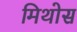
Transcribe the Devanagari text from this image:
मिथोस